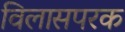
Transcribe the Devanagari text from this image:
विलासपरक